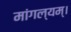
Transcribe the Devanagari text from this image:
मांगल्यम्।